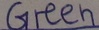
Text: Green